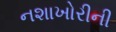
નશાખોરીની